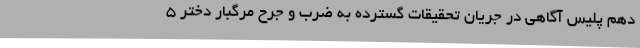
دهم پلیس آگاهی در جریان تحقیقات گسترده به ضرب و جرح مرگبار دختر 5